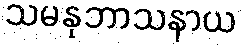
သမနုဘာသနာယ